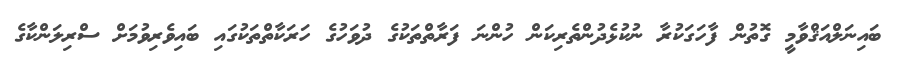
ބައިނަލްއަޤްވާމީ ގޮތުން ފާހަގަކުރާ ނުކުޅެދުންތެރިކަން ހުންނަ ފަރާތްތަކުގެ ދުވަހުގެ ހަރަކާތްތަކުގައި ބައިވެރިވުމަށް ސްރިލަންކާގެ